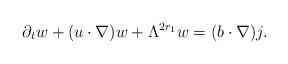
LaTeX: \begin{align*}\partial_{t} w + (u\cdot\nabla) w + \Lambda^{2r_{1}} w = (b\cdot\nabla) j. \end{align*}